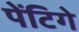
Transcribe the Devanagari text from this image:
पेंटिगे